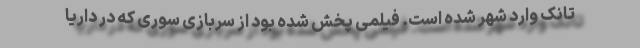
تانک وارد شهر شده است. فیلمی پخش شده بود از سربازی سوری که در داریا